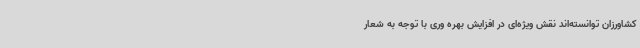
کشاورزان توانسته‌اند نقش ویژه‌ای در افزایش بهره وری با توجه به شعار